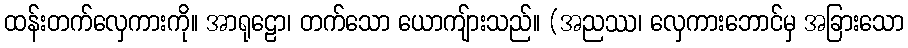
ထန်းတက်လှေကားကို။ အာရုဠော၊ တက်သော ယောကျ်ားသည်။ (အညဿ၊ လှေကားဘောင်မှ အခြားသော